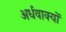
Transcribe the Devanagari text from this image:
अर्धवाक्यों